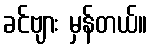
ခင်ဗျား မှန်တယ်။